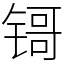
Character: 鿔